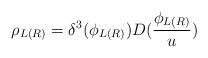
LaTeX: \begin{align*}\rho _{L(R)}=\delta ^3(\phi _{L(R)})D(\frac{\phi _{L(R)}}u)\end{align*}